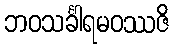
ဘဝသင်္ခါရမဝဿဇိ